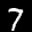
Label: 7